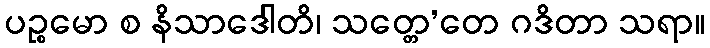
ပဉ္စမော စ နိသာဒေါတိ၊ သတ္တေ’တေ ဂဒိတာ သရာ။